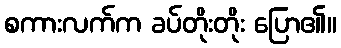
စကားလက်က ခပ်တိုးတိုး ပြော၏။